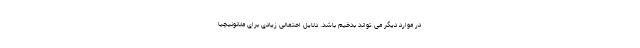
در موارد دیگر می تواند بدخیم باشد. دلایل احتمالی زیادی برای ملانونیچیا